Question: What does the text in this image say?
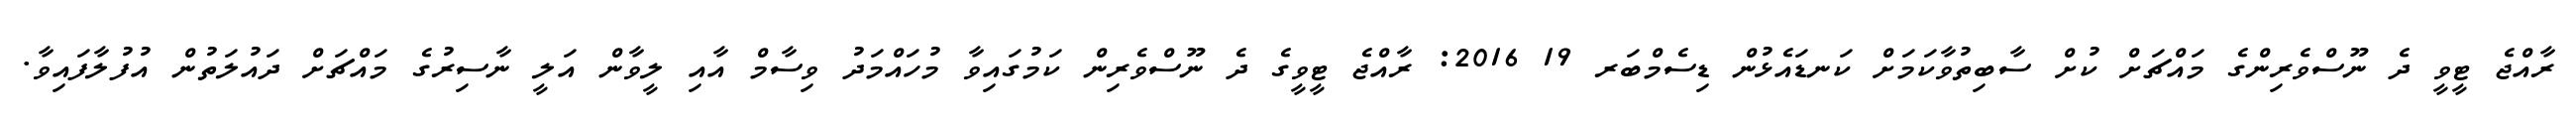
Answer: ރާއްޖެ ޓީވީ ދެ ނޫސްވެރިންގެ މައްޗަށް ކުށް ސާބިތުވާކަމަށް ކަނޑައެޅުން ޑިސެމްބަރ 19 2016: ރާއްޖެ ޓީވީގެ ދެ ނޫސްވެރިން ކަމުގައިވާ މުހައްމަދު ވިސާމް އާއި ލީވާން އަލީ ނާސިރުގެ މައްޗަށް ދައުލަތުން އުފުލާފައިވާ.